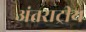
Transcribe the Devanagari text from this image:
अंतराट्रीय